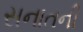
સનાતની